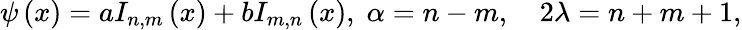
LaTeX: \psi\left(x\right)=aI_{n,m}\left(x\right)+bI_{m,n}\left(x\right),\; \alpha=n-m,\quad 2\lambda=n+m+1,